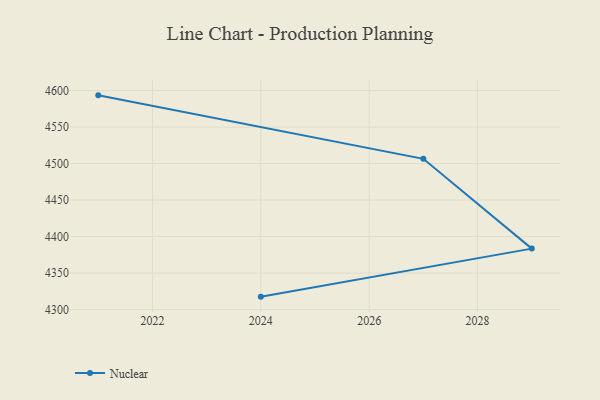
{"axis": {"x": "Year", "y": "Population (Million)"}, "legend": ["Nuclear"], "data": [{"x": "2021", "y": 4593.5, "type": "Nuclear"}, {"x": "2027", "y": 4506.5, "type": "Nuclear"}, {"x": "2029", "y": 4383.5, "type": "Nuclear"}, {"x": "2024", "y": 4317.7, "type": "Nuclear"}]}